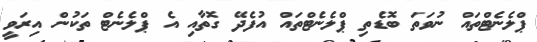
ޕްލެނެޓްތައް ނުވަތަ ބޮޑެތި ޕްލެނެޓްތައް އުފެދޭ ގޮތާއި އެ ޕްލެނެޓް ތަކުން އިރަވީ